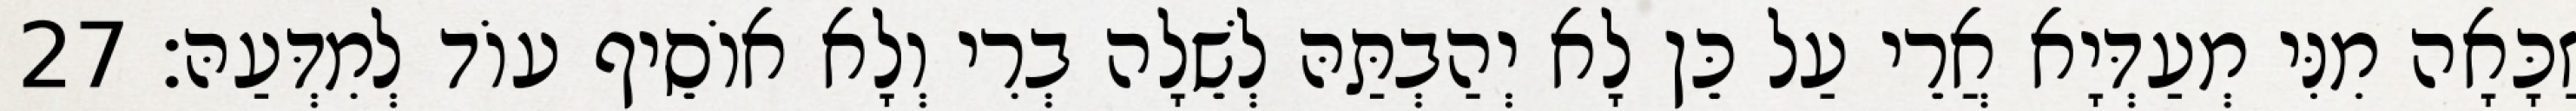
זַכָּאָה מִנִּי מְעַדְּיָא אֲרֵי עַל כֵּן לָא יְהַבְתַּהּ לְשֵׁלָה בְרִי וְלָא אוֹסֵיף עוֹד לְמִדְּעַהּ׃ 27